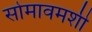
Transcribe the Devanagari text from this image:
सोमावमशी